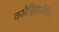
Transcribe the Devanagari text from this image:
कारैड्रिइफ़ॉर्मीज़